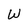
Character: W